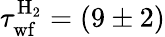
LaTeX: \tau_{\mathrm{wf}}^{\mathrm{H_{2}}}=(9\pm 2)